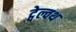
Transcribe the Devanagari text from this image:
ट्वेल्वथ